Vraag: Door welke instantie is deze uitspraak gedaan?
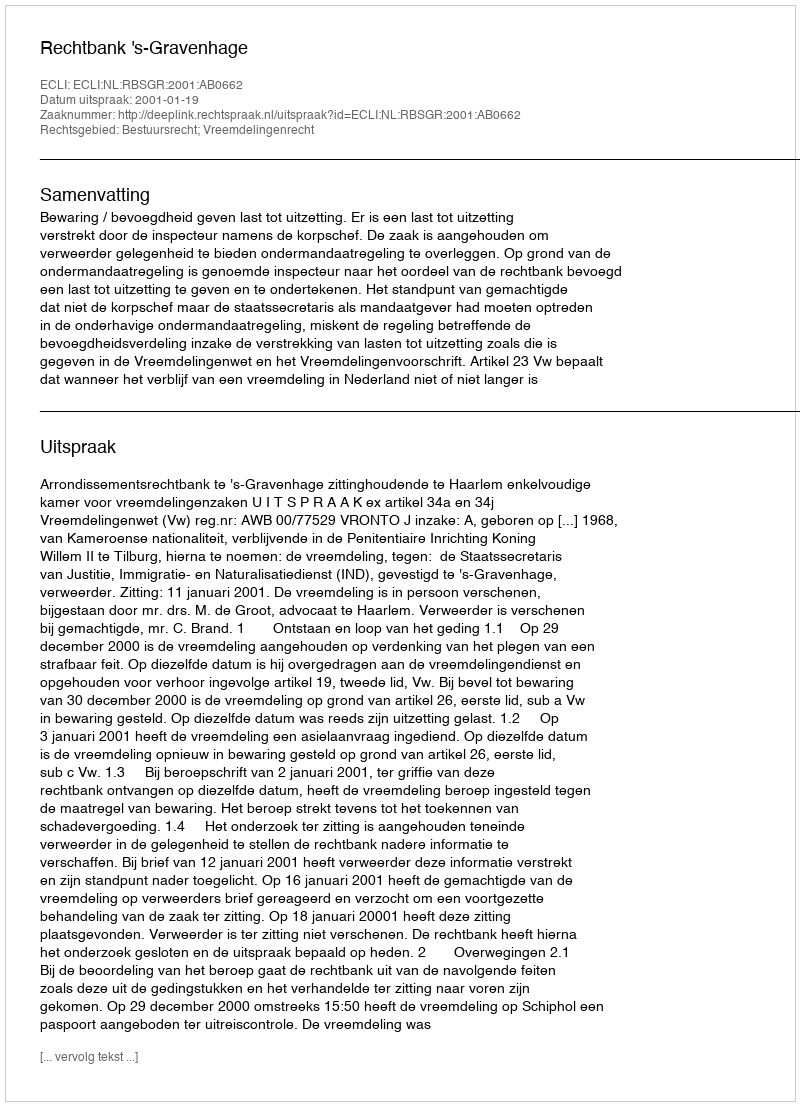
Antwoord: Rechtbank 's-Gravenhage